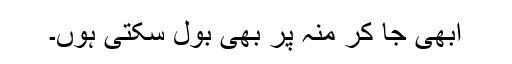
ابھی جا کر منہ پر بھی بول سکتی ہوں۔